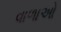
વાળાઓ